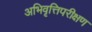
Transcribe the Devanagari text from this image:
अभिवृत्तिपरीक्षण